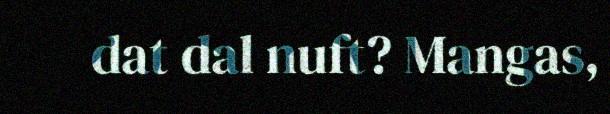
dat dal nuft? Mangas,